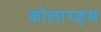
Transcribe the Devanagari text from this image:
कोलाय्ड्स